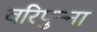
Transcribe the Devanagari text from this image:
वरिपुन्‍ना